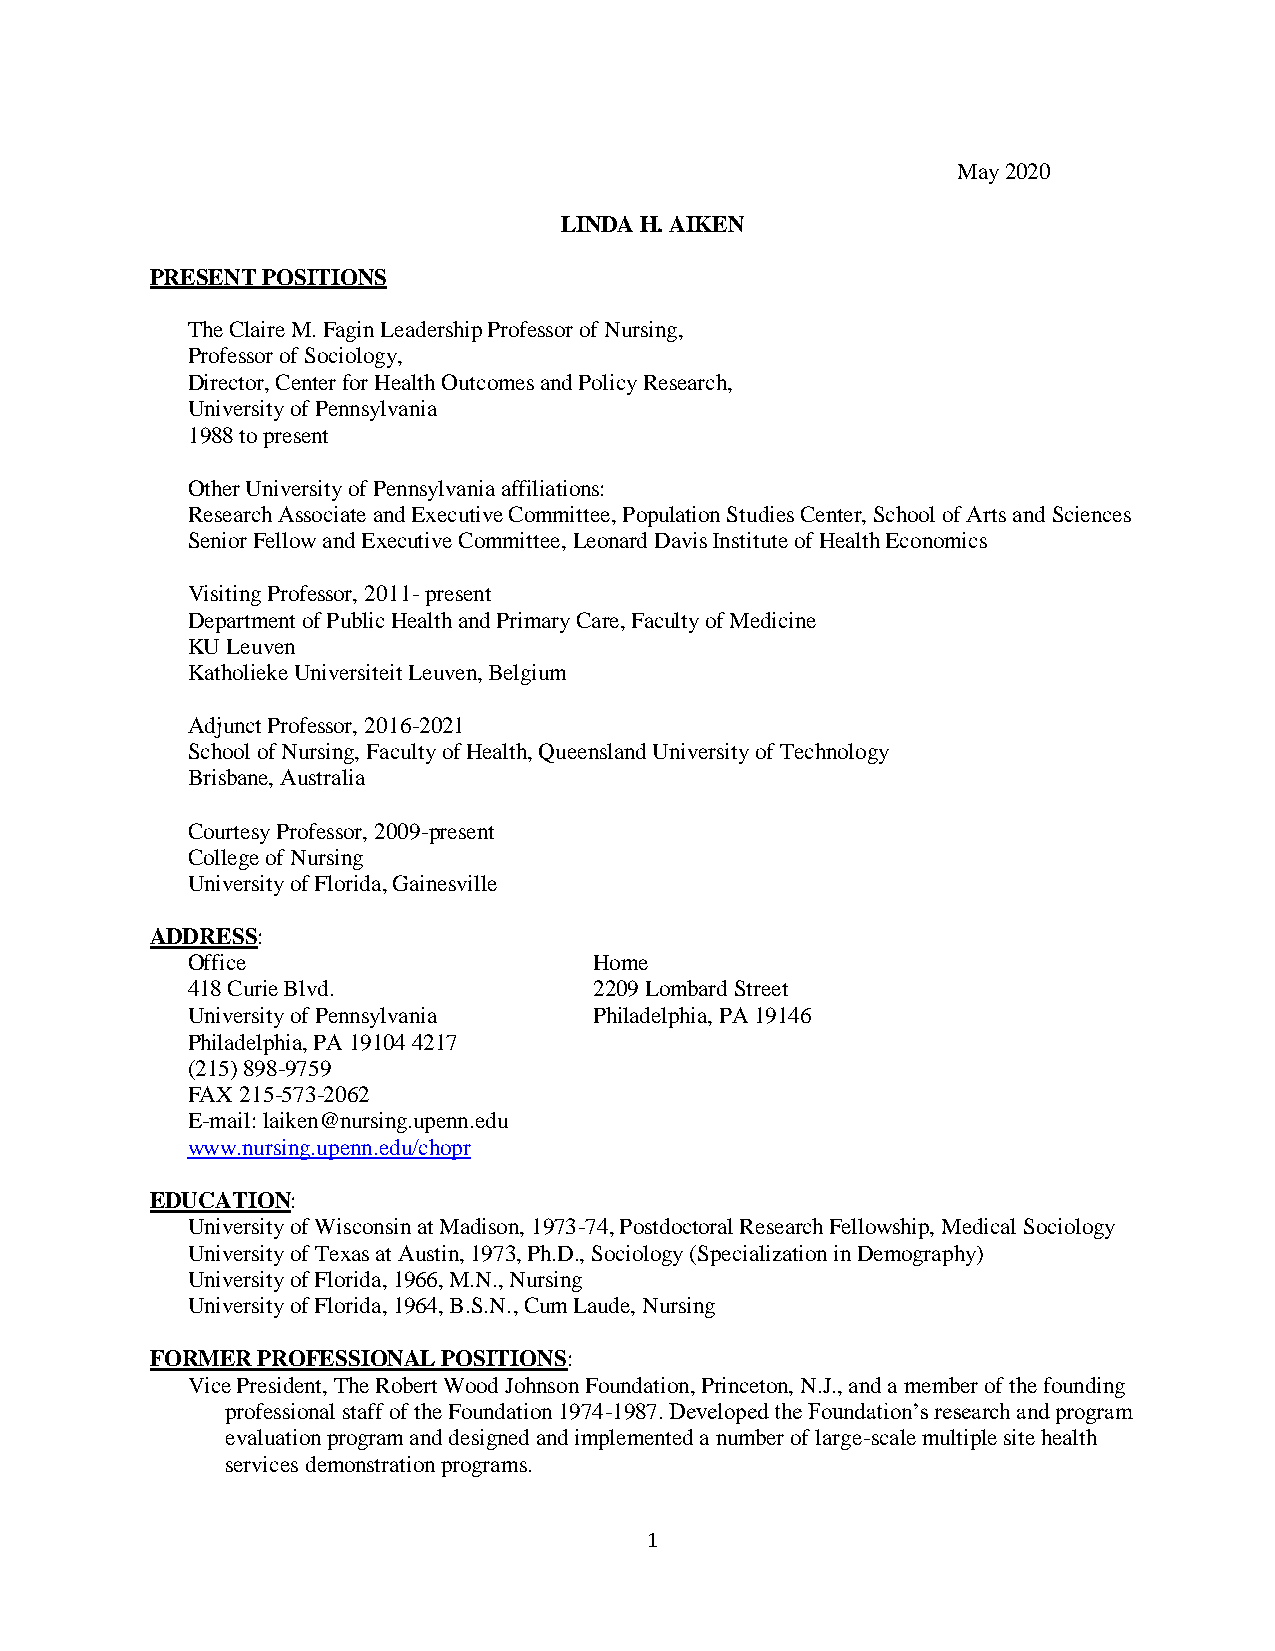
May 2020
 LINDA H. AIKEN
 PRESENT POSITIONS
 The Claire M. Fagin Leadership Professor of Nursing,
 Professor of Sociology,
 Director, Center for Health Outcomes and Policy Research,
 University of Pennsylvania
 1988 to present
 Other University of Pennsylvania affiliations:
 Research Associate and Executive Committee, Population Studies Center, School of Arts and Sciences
 Senior Fellow and Executive Committee, Leonard Davis Institute of Health Economics
 Visiting Professor, 2011- present
 Department of Public Health and Primary Care, Faculty of Medicine
 KU Leuven
 Katholieke Universiteit Leuven, Belgium
 Adjunct Professor, 2016-2021
 School of Nursing, Faculty of Health, Queensland University of Technology
 Brisbane, Australia
 Courtesy Professor, 2009-present
 College of Nursing
 University of Florida, Gainesville
 ADDRESS:
 Office                     Home
 418 Curie Blvd.            2209 Lombard Street
 University of Pennsylvania Philadelphia, PA 19146
 Philadelphia, PA 19104 4217
 (215) 898-9759
 FAX 215-573-2062
 E-mail: laiken@nursing.upenn.edu
 www.nursing.upenn.edu/chopr
 EDUCATION:
 University of Wisconsin at Madison, 1973-74, Postdoctoral Research Fellowship, Medical Sociology
 University of Texas at Austin, 1973, Ph.D., Sociology (Specialization in Demography)
 University of Florida, 1966, M.N., Nursing
 University of Florida, 1964, B.S.N., Cum Laude, Nursing
 FORMER PROFESSIONAL POSITIONS:
 Vice President, The Robert Wood Johnson Foundation, Princeton, N.J., and a member of the founding
 professional staff of the Foundation 1974-1987. Developed the Foundation’s research and program
 evaluation program and designed and implemented a number of large-scale multiple site health
 services demonstration programs.
 1